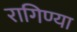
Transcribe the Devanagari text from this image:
रागिण्या